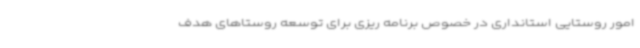
امور روستایی استانداری در خصوص برنامه ریزی برای توسعه روستاهای هدف